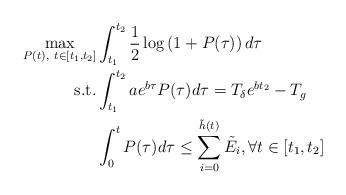
LaTeX: \begin{align*}\max_{P(t), \ t \in [t_1,t_2]} &\int_{t_1}^{t_2} \frac{1}{2}\log\left(1 + P(\tau)\right)d\tau \\ \mbox{s.t.} &\int_{t_1}^{t_2} a e^{b \tau} P(\tau) d \tau = T_{\delta}e^{bt_2} - T_g \\&\int_{0}^{t} P(\tau) d\tau \leq \sum_{i=0}^{\tilde{h}(t)} \tilde{E}_i, \forall t \in [t_1,t_2] \end{align*}